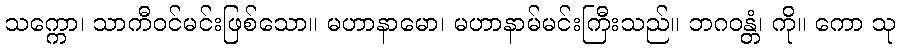
သက္ကော၊ သာကီဝင်မင်းဖြစ်သော။ မဟာနာမော၊ မဟာနာမ်မင်းကြီးသည်။ ဘဂဝန္တံ၊ ကို။ ကော သု